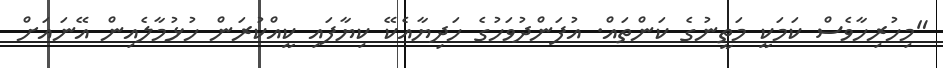
"މިހުރިހާވެސް ކަމަކީ މަތީނުގެ ކަންތައް. އުފަންދުވަހުގެ ހަދިޔާއެކޭ ކިޔާފައި ކީއްކުރަން ހުޅުމާލެއިން އޭނައަށް